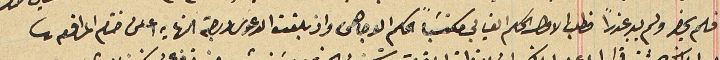
فلم يحضر ولم يبد عذرًا فطلب الاول الحكم الغيابي مكتسبًا الحكم الوجاهى واذ بلغت الدعوى درجة النهايه اعلن ختام المرافعه